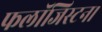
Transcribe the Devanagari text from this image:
फलॉजिस्टन।